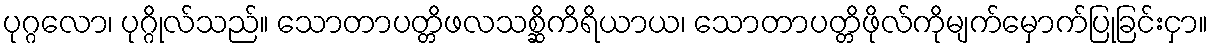
ပုဂ္ဂလော၊ ပုဂ္ဂိုလ်သည်။ သောတာပတ္တိဖလသစ္ဆိကိရိယာယ၊ သောတာပတ္တိဖိုလ်ကိုမျက်မှောက်ပြုခြင်းငှာ။